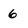
Character: 6